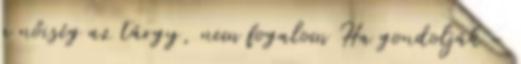
a nőiség az tárgy, nem fogalom Ha gondolják -